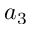
a _ { 3 }